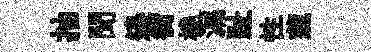
抽聞邉衢橈漏趾性蔬